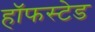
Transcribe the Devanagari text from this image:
हॉफस्टेड